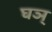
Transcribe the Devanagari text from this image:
घञ्‌